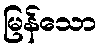
မြန်သော